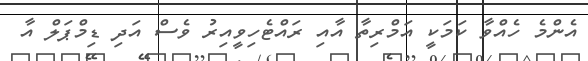
އެންމެ ހެއްވާ ކަމަކީ އަމްރިތާ އާއި ރައްޓެހިވީއިރު ވެސް އަދި ޑިމްޕަލް އާ